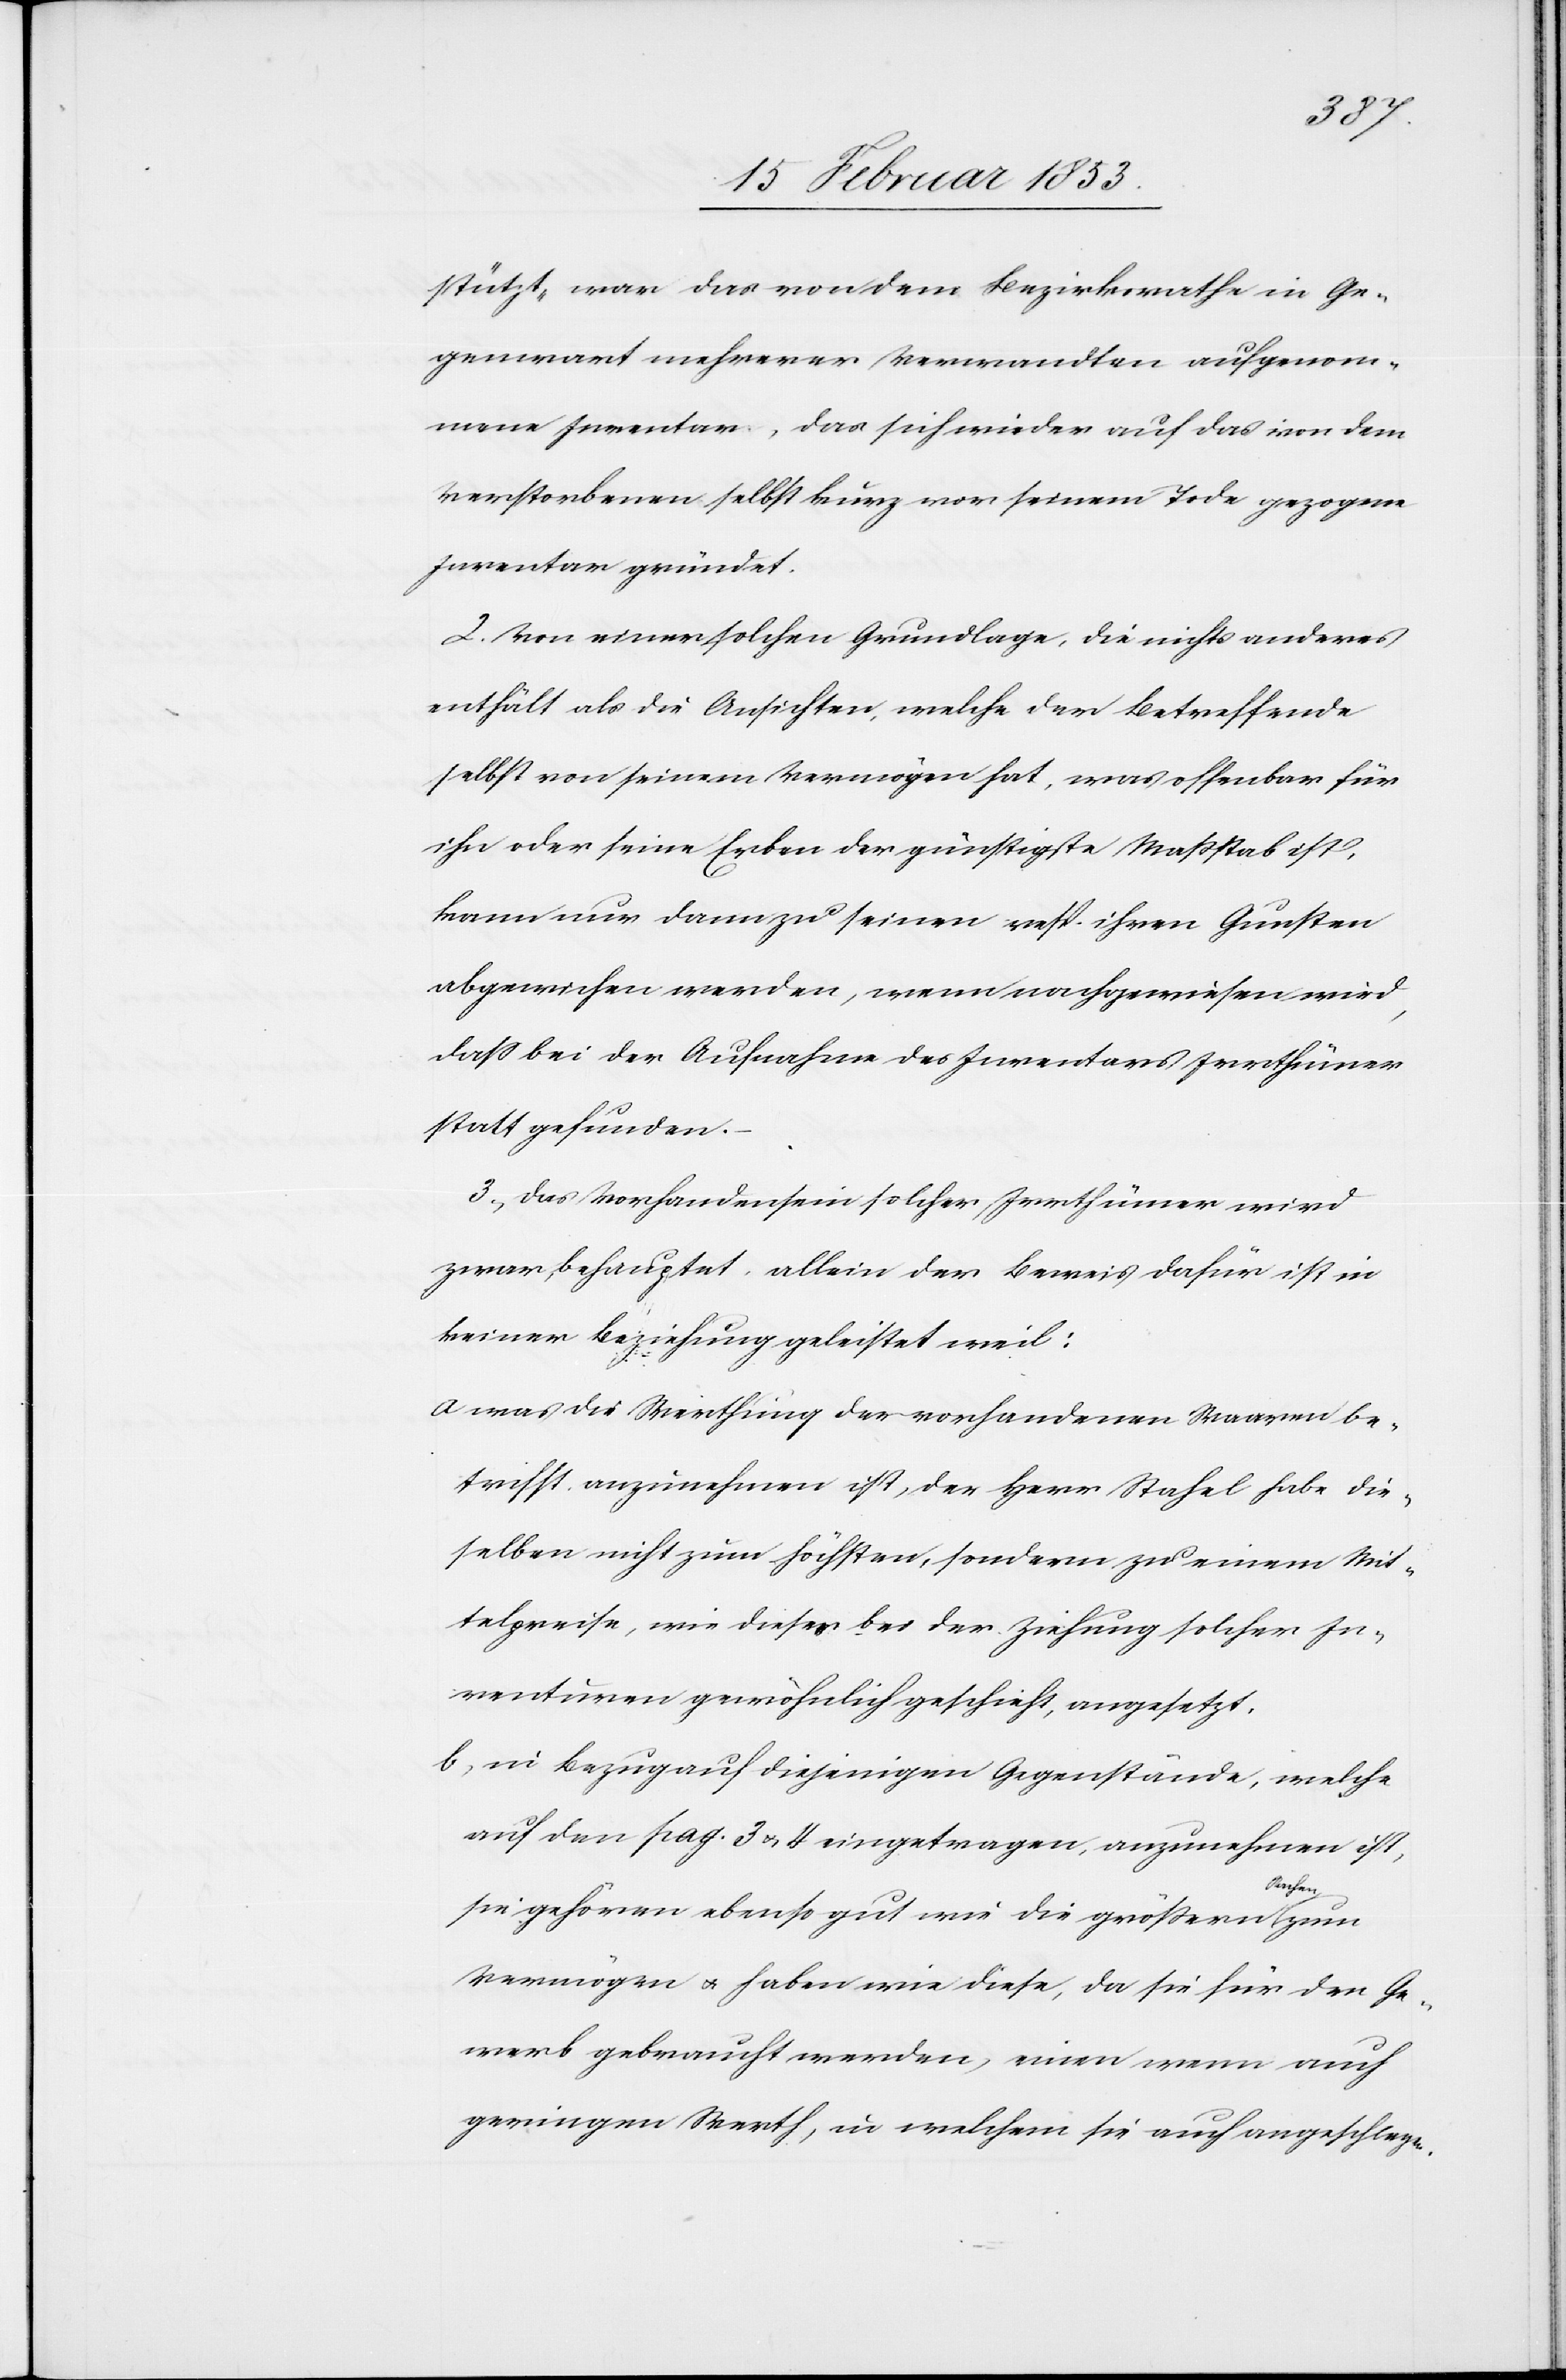
n].
stützt, war das von dem Bezirksrathe in Ge¬
genwart mehrerer Verwandten aufgenom¬
mene Inventar, das sich wieder auf das von dem
Verstorbenen selbst kurz vor seinem Tode gezogene
Inventar gründet.
2. Von einer solchen Grundlage, die nichts anderes
enthält als die Ansichten, welche der Betreffende
selbst von seinem Vermögen hat, was offenbar für
ihn oder seine Erben der günstigste Maßstab ist,
kann nur dann zu seinem resp. ihren Gunsten
abgewichen werden, wenn nachgewiesen wird,
daß bei der Aufnahme des Inventars Irrthümer
statt gefunden.–
3, Das Vorhandensein solcher Irrthümer wird
zwar behauptet, allein der Beweis dafür ist in
keiner Beziehung geleistet weil:
a was die Vertheilung der vorhandenen Waare be¬
trifft, anzunehmen ist, der Herr Stahel habe die¬
selben nicht zum Höchsten, sondern zu einem Mit¬
telpreise, wie dieses bei der Ziehung solcher In¬
venturen gewöhnlich geschieht, angesetzt.
b, in Bezug auf diejenigen Gegenstände, welche
auf den pag. 3 u. 4 eingetragen, anzunehmen ist,
Sachen
sie gehören ebenso gut wie die größern
Vermögen u. haben wie diese, da sie für den Ge¬
werb gebraucht werden, einen wenn auch
geringen Werth, in welchem sie auch angeschlag[e¬